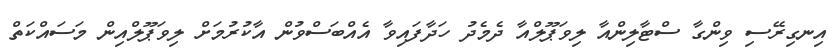
އިނގިރޭސި ވިންގާ ސްޓާލިންއާ ލިވަޕޫލްއާ ދެމެދު ހަދާފައިވާ އެއްބަސްވުން އާކުރުމަށް ލިވަޕޫލްއިން މަސައްކަތް